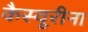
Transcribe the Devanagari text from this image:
कैस्यूरीना